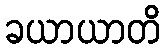
ခယာယာတိ